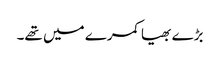
بڑے بھیا کمرے میں تھے۔